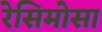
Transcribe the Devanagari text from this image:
रेसिमोसा